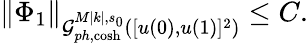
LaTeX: \begin{array}{r}{\| \Phi_{1}\| _{\mathcal{G}_{ph,\cosh}^{M|k|,s_{0}}([u(0),u(1)]^{2})}\leq C.}\end{array}